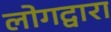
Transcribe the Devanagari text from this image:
लोगद्वारा